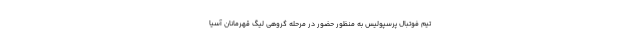
تیم فوتبال پرسپولیس به منظور حضور در مرحله گروهی لیگ قهرمانان آسیا